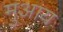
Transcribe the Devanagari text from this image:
मुआय